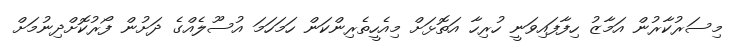
މިސަރުކާރުން އަމާޒު ހިފާފައިވަނީ ހުރިހާ އަތޮޅަށް މިއެހީތެރިންކަން ހަމަހަމަ އުސޫލެއްގެ ދަށުން ފޯރުކޮށްދިނުމަށް